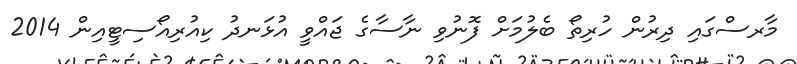
މާރސްގައި ދިރުން ހުރިތޯ ބެލުމަށް ފޮނުވި ނާސާގެ ޖައްވީ އުޅަނދު ކިއުރިއޯސިޓީއިން 2014